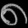
Digit: ၈